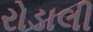
રોડાલી